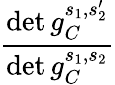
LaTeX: \frac{\operatorname*{det}g_{C}^{s_{1},s_{2}^{\prime}}}{\operatorname*{det}g_{C}^{s_{1},s_{2}}}